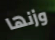
وزنها